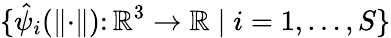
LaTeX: \{ \hat{\psi}_{i}(\lVert\cdot\rVert)\colon{\mathbb{R}}^{3}\rightarrow{\mathbb{R}}\mid i=1,\dots,S\}